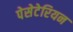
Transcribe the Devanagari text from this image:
पेसेटेरियन